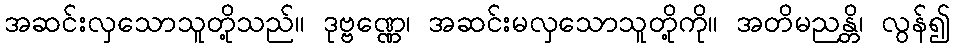
အဆင်းလှသောသူတို့သည်။ ဒုဗ္ဗဏ္ဏေ၊ အဆင်းမလှသောသူတို့ကို။ အတိမညန္တိ၊ လွန်၍